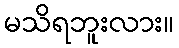
မသိရဘူးလား။